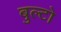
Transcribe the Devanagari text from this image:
बुल्टो